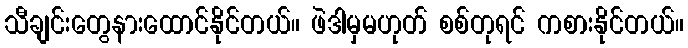
သီချင်းတွေနားထောင်နိုင်တယ်။ ဖဲဒါမှမဟုတ် စစ်တုရင် ကစားနိုင်တယ်။